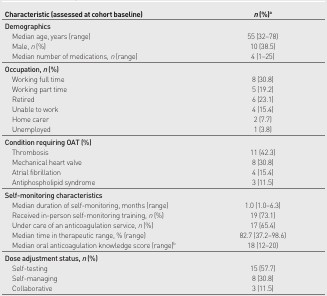
<table><thead><tr><td><b>Characteristic (assessed at cohort baseline)</b></td><td><b><i>n</i> (%)<sup>a</sup></b></td></tr></thead><tbody><tr><td><b>Demographics</b></td><td></td></tr><tr><td>Median age, years (range)</td><td>55 (32–78)</td></tr><tr><td>Male, <i>n</i> (%)</td><td>10 (38.5)</td></tr><tr><td>Median number of medications, <i>n</i> (range)</td><td>4 (1–25)</td></tr><tr><td><b>Occupation, <i>n</i> (%)</b></td><td></td></tr><tr><td>Working full time</td><td>8 (30.8)</td></tr><tr><td>Working part time</td><td>5 (19.2)</td></tr><tr><td>Retired</td><td>6 (23.1)</td></tr><tr><td>Unable to work</td><td>4 (15.4)</td></tr><tr><td>Home carer</td><td>2 (7.7)</td></tr><tr><td>Unemployed</td><td>1 (3.8)</td></tr><tr><td><b>Condition requiring OAT (%)</b></td><td></td></tr><tr><td>Thrombosis</td><td>11 (42.3)</td></tr><tr><td>Mechanical heart valve</td><td>8 (30.8)</td></tr><tr><td>Atrial fibrillation</td><td>4 (15.4)</td></tr><tr><td>Antiphospholipid syndrome</td><td>3 (11.5)</td></tr><tr><td><b>Self-monitoring characteristics</b></td><td></td></tr><tr><td>Median duration of self-monitoring, months (range)</td><td>1.0 (1.0–6.3)</td></tr><tr><td>Received in-person self-monitoring training, <i>n</i> (%)</td><td>19 (73.1)</td></tr><tr><td>Under care of an anticoagulation service, <i>n</i> (%)</td><td>17 (65.4)</td></tr><tr><td>Median time in therapeutic range, % (range)</td><td>82.7 (37.2–98.6)</td></tr><tr><td>Median oral anticoagulation knowledge score (range)<sup>b</sup></td><td>18 (12–20)</td></tr><tr><td><b>Dose adjustment status, <i>n</i> (%)</b></td><td></td></tr><tr><td>Self-testing</td><td>15 (57.7)</td></tr><tr><td>Self-managing</td><td>8 (30.8)</td></tr><tr><td>Collaborative</td><td>3 (11.5)</td></tr></tbody></table>